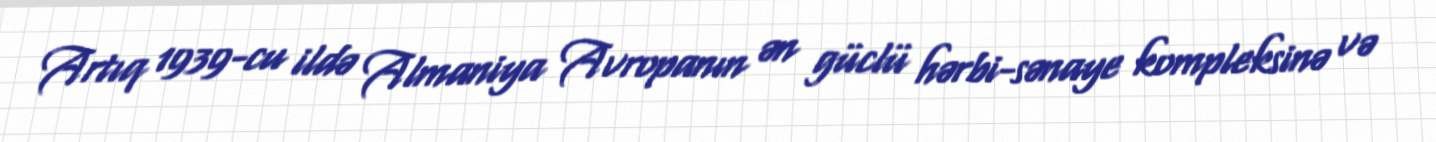
Artıq 1939-cu ildə Almaniya Avropanın ən güclü hərbi-sənaye kompleksinə və